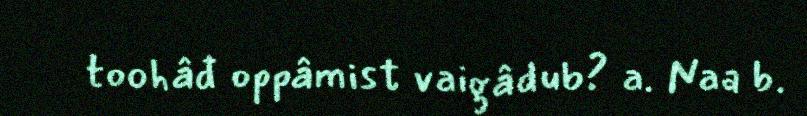
toohâđ oppâmist vaigâdub? a. Naa b.